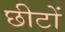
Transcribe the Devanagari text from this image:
छीटों